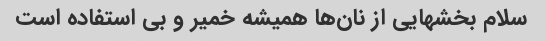
سلام بخشهایی از نان‌ها همیشه خمیر و بی استفاده است